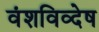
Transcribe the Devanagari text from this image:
वंशविव्देष